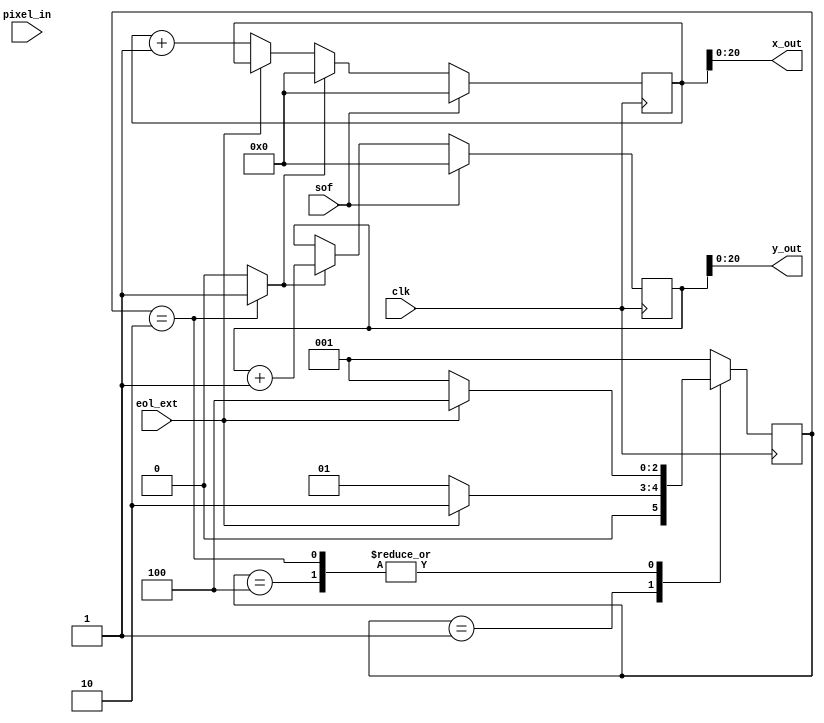
`timescale 1ns / 1ps
//////////////////////////////////////////////////////////////////////////////////
// Company: 
// Engineer: 
// 
// Design Name: 
// Module Name: fsm
// Project Name: 
// Target Devices: 
// Tool Versions: 
// Description: 
// 
// Dependencies: 
// 
// Revision:
// Revision 0.01 - File Created
// Additional Comments:
// 
//////////////////////////////////////////////////////////////////////////////////


module fsm(

    input clk,
    input [23:0] pixel_in,
    input sof,
    input eol_ext,
    output [20:0] x_out,
    output [20:0] y_out

    );




    
    wire [31:0] r_min;
    wire [31:0] r_max;
    wire [31:0] g_min;
    wire [31:0] g_max;
    wire [31:0] b_min;
    wire [31:0] b_max;
    reg [31:0] x;
    reg [31:0] y;
    reg [31:0] x_min;
    reg [31:0] x_max;
    reg [31:0] y_min;
    reg [31:0] y_max;    
    reg [31:0] x_min_f;
    reg [31:0] x_max_f;
    reg [31:0] y_min_f;
    reg [31:0] y_max_f;
    reg is_match;  // 1 if pixel matches user-defined limits
    
    wire valid;
    wire [23:0] pixel;    
    wire [7:0] r;
    wire [7:0] g;
    wire [7:0] b;
    wire p_clk;
    
    wire S_AXI_ARESETN;
    
    assign S_AXI_ARESETN = 1;
    assign valid = 1;
    
    assign r_min = 0;
    assign r_max = 255;
    assign g_min = 0;
    assign g_max = 255;
    assign b_min = 0;
    assign b_max = 255;
    
    assign p_clk = clk;
    assign pixel = pixel_in;
    assign r = pixel[23:16];
    assign b = pixel[15:8];
    assign g = pixel[7:0];
    
    assign x_out = x;
    assign y_out = y;
    
     //pixel is matching limits comb logic
    always@(*)
    begin
        if(g >= g_min && g <= g_max && b >= b_min && b <= b_max && r >= r_min && r <= r_max) 
            is_match = 1'b1;
        else
            is_match = 1'b0;
    end           
    
    
    // ================ eol (eol internal) stabilizing fsm ===================
    // inputs: eol_ext, p_clk, reset
    // outpus: eol
    // func: reducing external eol to go high for one clock
    reg [2:0] esf_ps;
    reg [2:0] esf_ns;
    reg eol;
    
    parameter ESF_RESET  = 3'b001,
              ESF_HIGH = 3'b010,
              ESF_LOW = 3'b100;
         
    // present state logic          
    always@(posedge p_clk)
    begin
        if ( S_AXI_ARESETN == 1'b0 )
            esf_ps <= ESF_RESET; 
        else
            esf_ps <= esf_ns;
    end
    
    // next state logic
    always@(*)
    begin
       case(esf_ps)
        ESF_RESET:
        begin
             if(eol_ext)
                 esf_ns = ESF_HIGH;
             else
                 esf_ns = ESF_RESET;
        end
        ESF_HIGH:
        begin
             if(eol_ext)
                 esf_ns = ESF_LOW;
             else
                 esf_ns = ESF_RESET;  
        end
        ESF_LOW:
        begin
             if(eol_ext)
                 esf_ns = ESF_LOW;
             else
                 esf_ns = ESF_RESET;
        end       
        default:
             esf_ns = ESF_RESET;
        endcase
    end
    
    // logic for eol in current state
    always@(*)
    begin
       case(esf_ps)
       ESF_RESET:
       begin
            eol = 1'b0;
       end
       ESF_HIGH:
       begin
            eol = 1'b1;
       end
       ESF_LOW:
       begin
            eol = 1'b0;
       end   
       default:
       begin
           eol = 1'b0;
       end
       endcase
    end
    
    // ================= end of esf (eol stabilizing fsm) =================
    
    
    //logic for x-y location
    always@(posedge p_clk)
    begin
        if ( S_AXI_ARESETN == 1'b0 )
        begin
            x <= 0;
            y <= 0;
        end
        else
        begin        
            if (sof) // || y == (height - 1) )
            begin
                x <= 0;
                y <= 0;
            end
            else
            begin
                if (eol) // (x == (width - 1))
                begin
                    x <= 0;
                    y <= y + 1;
                end
                else if (valid & !eol_ext)
                begin
                    x <= x + 1;
                end  
            end
        end
    end
    
    
        //states 
    reg[5:0] s;
    reg [5:0] ns;
    
    parameter RESET  = 6'b000001,
              NOTHING = 6'b000010,
              DETECTING = 6'b000100,
              DONE_LINE = 6'b001000,
              NOT_DONE = 6'b010000,
              DONE = 6'b100000;
              
    //present state logic          
    always@(posedge p_clk)
    begin
        if ( S_AXI_ARESETN == 1'b0 )
            s <= RESET; 
        else
            s <= ns;
    end
    

    
    //next state logic
    always@(*)
    begin
       case(s)
       RESET:
       begin
            if(is_match)
                ns = DETECTING;
            else
                ns = NOTHING;
       end
       NOTHING:
       begin
            if(sof)
                ns = RESET;
            else if (is_match)
                ns = DETECTING;
            else
                ns = NOTHING;
                
            
       end
       DETECTING:
       begin
            if(sof)
                ns = RESET;
            else if(eol)
                ns = NOT_DONE;
            else if (!is_match)
                ns = DONE_LINE;
            else
                ns = DETECTING;
            
       end   
       DONE_LINE:
       begin
            if(sof)
                ns = RESET;
            else if(eol)
                ns = NOT_DONE;
            else
                ns = DONE_LINE;
       end
       NOT_DONE:
       begin
            if(sof)
                ns = RESET;
            else if(eol)
                ns = DONE;
            else if(is_match)
                ns = DETECTING;
            else
                ns = NOT_DONE;
       end
       DONE:
       begin
            if(sof)
                ns = RESET;
            else
                ns = DONE;
       end       
       default:
            ns = RESET;
       endcase
    end
    
    //logic in current state
    always@(posedge p_clk)
    begin
       case(s)
       RESET:
       begin
    
            x_min <= 32'hffffffff;
            y_min <= 32'hffffffff;    
            x_max <= 0;
            y_max <= 0;

            x_min_f <= x_min;
            x_max_f <= x_max;
            y_min_f <= y_min;
            y_max_f <= y_max;
            
       end
       NOTHING:
       begin
            
       end
       DETECTING:
       begin
            if (x < x_min)
                x_min <= x;
            
            if (y < y_min)
                y_min <= y;
            
            if(x > x_max)
                x_max <= x;
            
            if(y > y_max)
                y_max <= y;
       end   
       DONE_LINE:
       begin
          
       end
       NOT_DONE:
       begin
       
       end
       DONE:
       begin
           x_min_f <= x_min;
           x_max_f <= x_max;
           y_min_f <= y_min;
           y_max_f <= y_max;       
       end
       default:
       begin
       end
       endcase
    end





endmodule